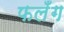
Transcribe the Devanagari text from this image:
फलँग